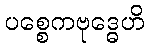
ပစ္စေကဗုဒ္ဓေဟိ